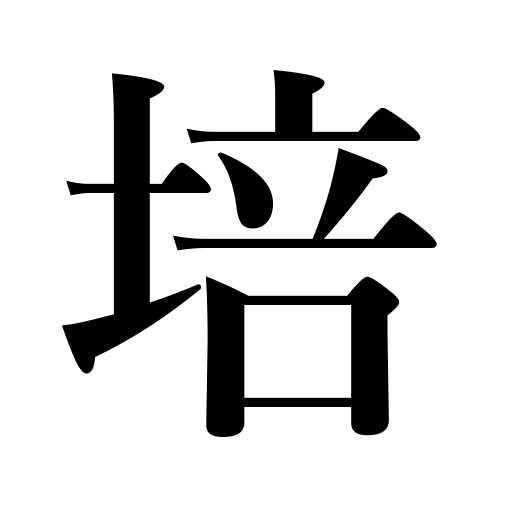
Meanings: cultivate,foster